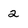
Character: 2